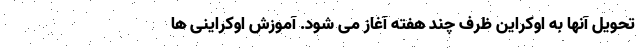
تحویل آنها به اوکراین ظرف چند هفته آغاز می شود. آموزش اوکراینی ها